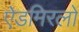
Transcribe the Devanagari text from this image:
ऐडमिरलों